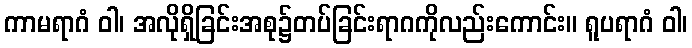
ကာမရာဂံ ဝါ၊ အလိုရှိခြင်းအစု၌တပ်ခြင်းရာဂကိုလည်းကောင်း။ ရူပရာဂံ ဝါ၊